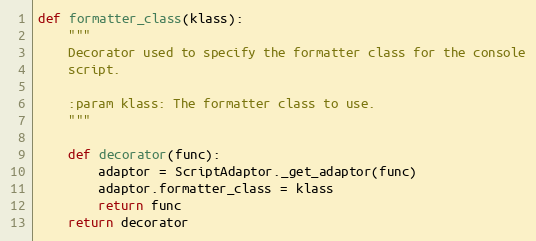
Language: Python
def formatter_class(klass):
    """
    Decorator used to specify the formatter class for the console
    script.

    :param klass: The formatter class to use.
    """

    def decorator(func):
        adaptor = ScriptAdaptor._get_adaptor(func)
        adaptor.formatter_class = klass
        return func
    return decorator